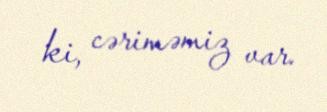
ki, cəriməmiz var.